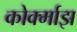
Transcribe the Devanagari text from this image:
कोर्क्माझ